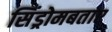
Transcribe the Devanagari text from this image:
सिंड्रोमबताए